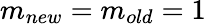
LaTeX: m_{new}=m_{old}=1